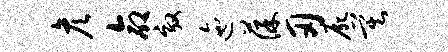
彦命效迤葆刃尸莫